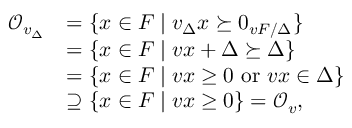
\begin{array} { r l } { \mathcal { O } _ { v _ { \Delta } } } & { = \{ x \in F \mid v _ { \Delta } x \succeq 0 _ { v F / \Delta } \} } \\ & { = \{ x \in F \mid v x + \Delta \succeq \Delta \} } \\ & { = \{ x \in F \mid v x \geq 0 \mathrm { ~ o r ~ } v x \in \Delta \} } \\ & { \supseteq \{ x \in F \mid v x \geq 0 \} = \mathcal { O } _ { v } , } \end{array}